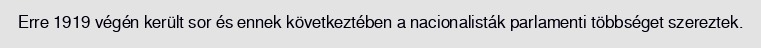
Erre 1919 végén került sor és ennek következtében a nacionalisták parlamenti többséget szereztek.